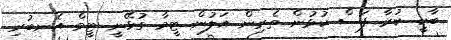
ބާކީ ކުރާ ފަސް ކުޅުން ތެރިން އަލުން ޓީމާ ގުޅޭނީ ޓީމް އެނބުރި